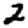
Digit: 2